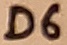
Text: D6